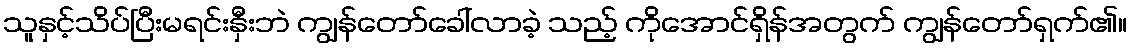
သူနှင့်သိပ်ပြီးမရင်းနှီးဘဲ ကျွန်တော်ခေါ်လာခဲ့ သည့် ကိုအောင်ရှိန်အတွက် ကျွန်တော်ရှက်၏။